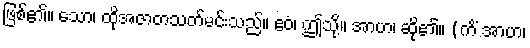
ဖြစ်၏။ သော၊ ထိုအဇာတသတ်မင်းသည်။ ဧဝံ၊ ဤသို့။ အာဟ၊ ဆို၏။ (ကိံ အာဟ၊